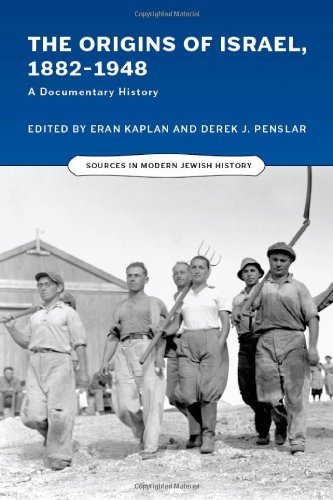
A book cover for The Origins of Israel, 1882EE1948: A Documentary History (Sources in Modern Jewish History); History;